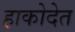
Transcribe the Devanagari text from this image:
हाकोदेत